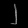
Digit: ၂